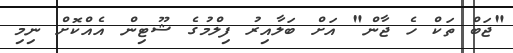
"ޖަބް ތަކް ހެ ޖާން" އަށް ބަލާއިރު ފިލްމުގެ ޝޫޓިން އެއްކޮށް ނިމި